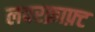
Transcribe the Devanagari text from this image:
लवरक्राफ़्ट